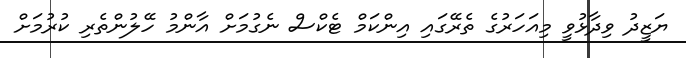
ޔަޒީދު ވިދާޅުވީ މިއަހަރުގެ ތެރޭގައި އިންކަމް ޓެކްސް ނެގުމަށް އާންމު ހޭލުންތެރި ކުރުމަށް